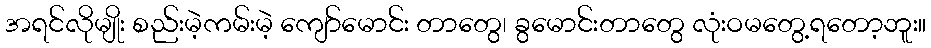
အရင်လိုမျိုး စည်းမဲ့ကမ်းမဲ့ ကျော်မောင်း တာတွေ၊ ခွမောင်းတာတွေ လုံးဝမတွေ့ရတော့ဘူး။